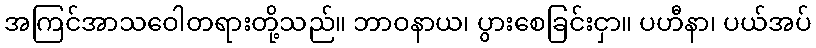
အကြင်အာသဝေါတရားတို့သည်။ ဘာဝနာယ၊ ပွားစေခြင်းငှာ။ ပဟီနာ၊ ပယ်အပ်